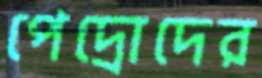
পেদ্রোদের